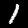
Digit: 1